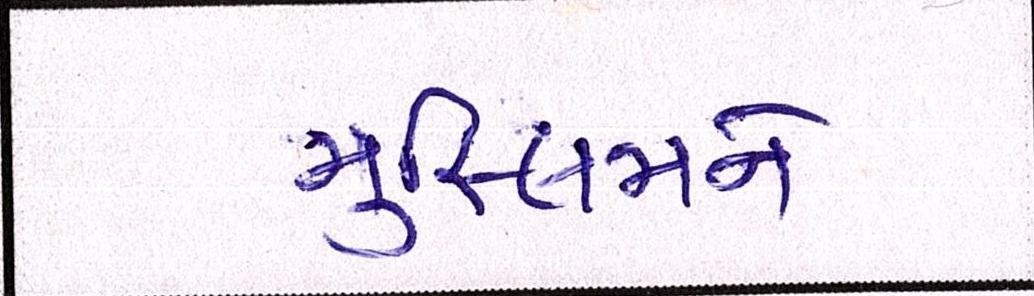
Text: મુસ્લિમને